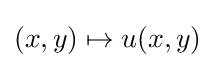
(x,y)\mapsto u(x,y)